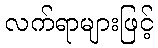
လက်ရာများဖြင့်